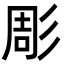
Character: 彫